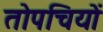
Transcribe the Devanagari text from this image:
तोपचियों